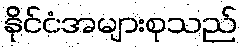
နိုင်ငံအများစုသည်